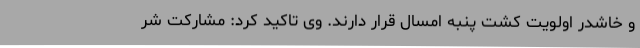
و خاشدر اولویت کشت پنبه امسال قرار دارند. وی تاکید کرد: مشارکت شر